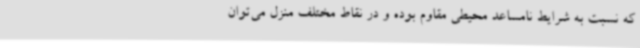
که نسبت به شرایط نامساعد محیطی مقاوم بوده و در نقاط مختلف منزل می‌توان